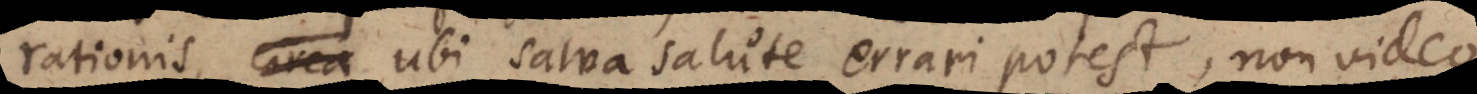
rationis, ubi salva salute errari potest, non video